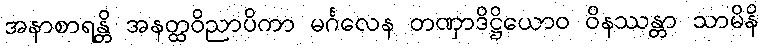
အနာစာရန္တိ အနတ္ထဝိညာပိကာ မင်္ဂလေန တဏှာဒိဋ္ဌိယောဝ ဝိနဿန္တာ သာမိနိ